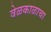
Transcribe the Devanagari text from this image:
वेळकाळाचा